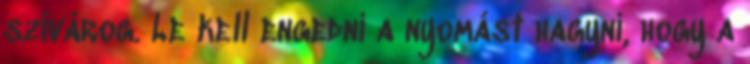
szivárog. Le kell engedni a nyomást hagyni, hogy a